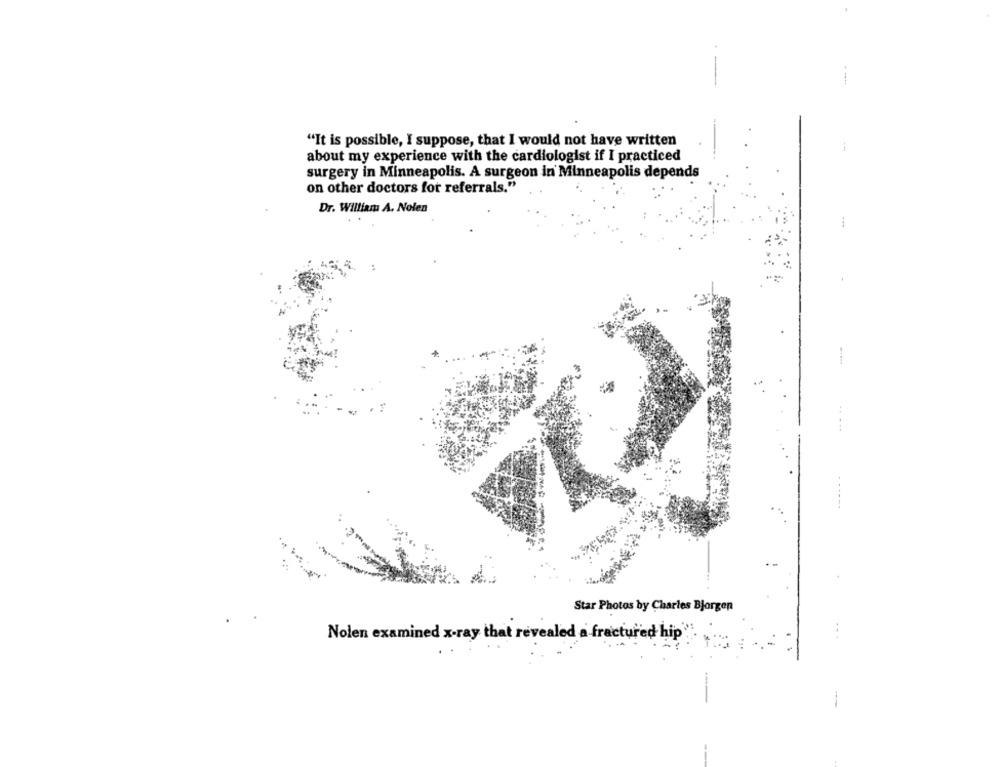
"It is possible, I suppose, that I would not have written
about my experience with the cardiologist if I practiced
surgery in Minneapolis. A surgeon in Minneapolis depends
on other doctors for referrals."
Dr. William A. Nolen
Star Photos by Charles Bjorgen
Nolen examined x-ray that revealed a fractured hip